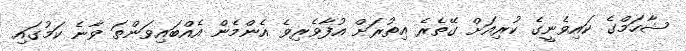
ޝާހަމްގެ ކައިވެނީގެ ކުރިއަށް ގޭތެރެ އިތުރަށް އުފާވެރިވެ އެންމެން އެއްބައިވަންތަ ވާނެ ކަމުގައި